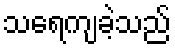
သရေကျခဲ့သည်